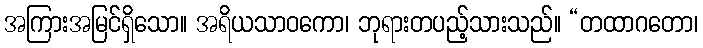
အကြားအမြင်ရှိသော။ အရိယသာဝကော၊ ဘုရားတပည့်သားသည်။ “တထာဂတော၊